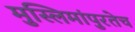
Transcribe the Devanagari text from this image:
मुस्लिमांपुरतेच